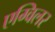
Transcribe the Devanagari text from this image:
एग्विलर